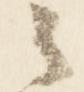
之